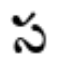
స